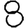
Digit: 8